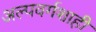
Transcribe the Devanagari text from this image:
अल्पवर्गशाही